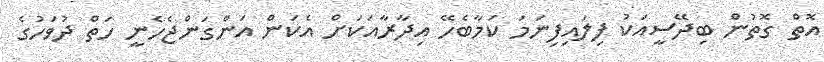
އޮތް ގޮތުން ބިދޭސީއަކު ފިލައިފިނަމަ ކަމާބެހޭ އިދާރާއަކަށް އެކަން އަންގަންޖެހެނީ ހަތް ދުވަހުގެ